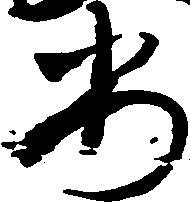
安